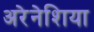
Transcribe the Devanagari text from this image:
अरेनेशिया